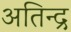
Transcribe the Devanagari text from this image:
अतिन्द्र